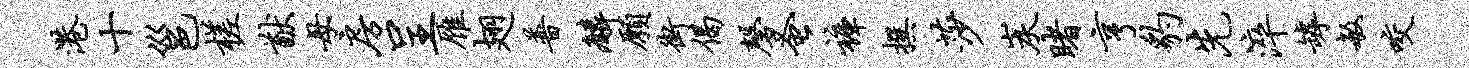
港十邕槎猷母房呈雁翅普麟愿街偈磬蚤裤撰莎炭睹亨豹先淬罅敏咬